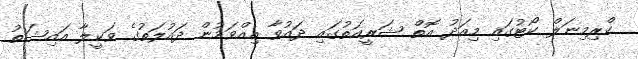
ކްރިމިނަލް ކޯޓުގައި މިއަދު އޮތް ޝަރީއަތުގައި ދައުވާ އިއްވަމުން ދައުލަތުގެ ވަކީލާ އައިޝަތު